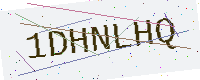
Text: 1DHNLHQ